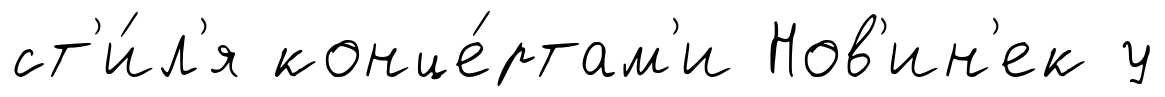
ст'и́л'я конце́ртам'и Нов'ин'ек у